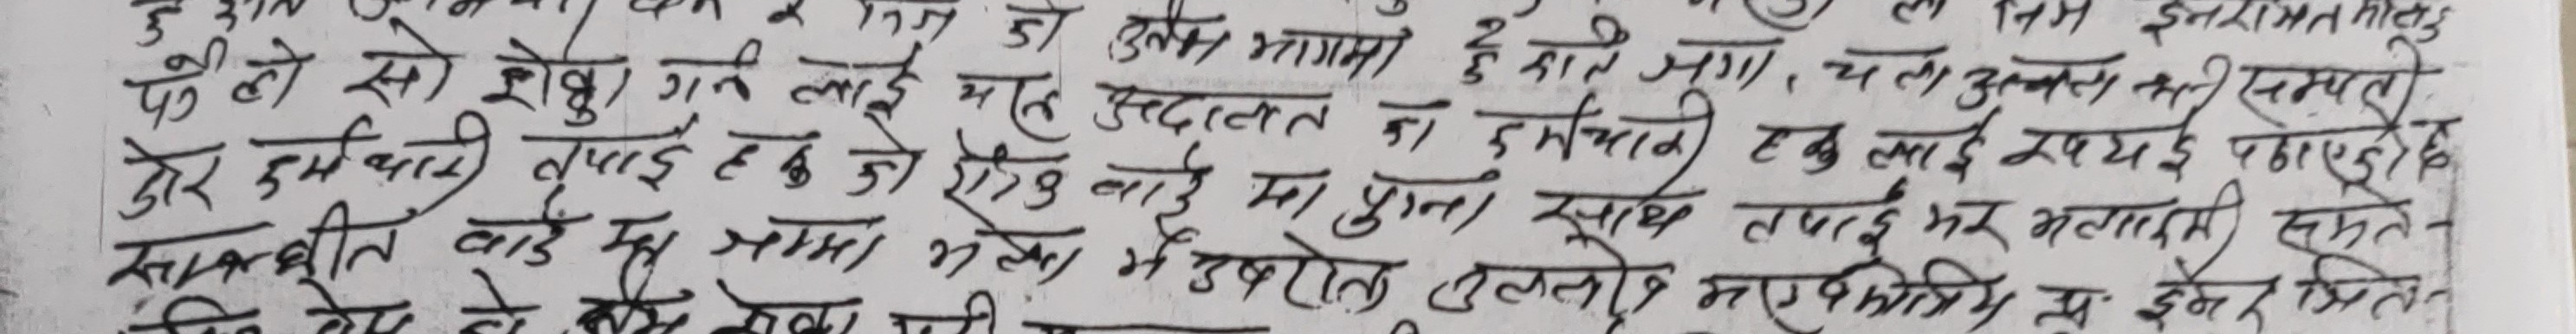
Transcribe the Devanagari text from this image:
पहि सो शेकु गन लाई मह अदालत मा भागमा २ र हाते जला चला उल्झलत समयदेखि
दुई कर्मचारी लाई ह छ जो रोक लाई मा पुगना साथ रुपय पढाई ह
सावित्री वाई मू आमा भुग्या मे उपरातुलुलोई नरफमि सम इन्द्रमितिल
विट ल्प हे स्य मेग्य गन